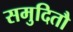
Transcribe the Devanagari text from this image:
समुदितौ